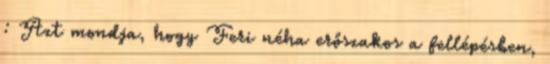
: Azt mondja, hogy Feri néha erőszakos a fellépésben,